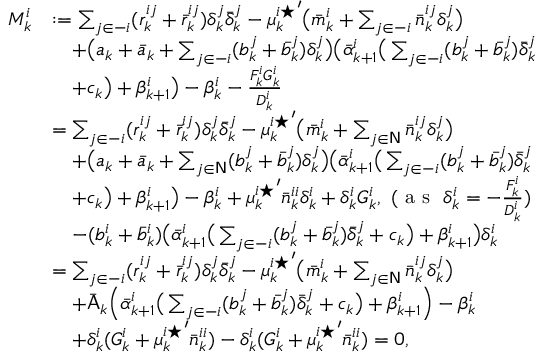
\begin{array} { r l } { M _ { k } ^ { i } } & { : = \sum _ { j \in - i } ( r _ { k } ^ { i j } + \bar { r } _ { k } ^ { i j } ) \delta _ { k } ^ { j } \bar { \delta } _ { k } ^ { j } - { \mu _ { k } ^ { i \star } } ^ { \prime } \big ( \bar { m } _ { k } ^ { i } + \sum _ { j \in - i } \bar { n } _ { k } ^ { i j } \delta _ { k } ^ { j } \big ) } \\ & { \quad + \big ( a _ { k } + \bar { a } _ { k } + \sum _ { j \in - i } ( b _ { k } ^ { j } + \bar { b } _ { k } ^ { j } ) \delta _ { k } ^ { j } \big ) \big ( \bar { \alpha } _ { k + 1 } ^ { i } \big ( \sum _ { j \in - i } ( b _ { k } ^ { j } + \bar { b } _ { k } ^ { j } ) \bar { \delta } _ { k } ^ { j } } \\ & { \quad + c _ { k } \big ) + \beta _ { k + 1 } ^ { i } \big ) - \beta _ { k } ^ { i } - \frac { F _ { k } ^ { i } G _ { k } ^ { i } } { D _ { k } ^ { i } } } \\ & { = \sum _ { j \in - i } ( r _ { k } ^ { i j } + \bar { r } _ { k } ^ { i j } ) \delta _ { k } ^ { j } \bar { \delta } _ { k } ^ { j } - { \mu _ { k } ^ { i \star } } ^ { \prime } \big ( \bar { m } _ { k } ^ { i } + \sum _ { j \in \mathsf { N } } \bar { n } _ { k } ^ { i j } \delta _ { k } ^ { j } \big ) } \\ & { \quad + \big ( a _ { k } + \bar { a } _ { k } + \sum _ { j \in \mathsf { N } } ( b _ { k } ^ { j } + \bar { b } _ { k } ^ { j } ) \delta _ { k } ^ { j } \big ) \big ( \bar { \alpha } _ { k + 1 } ^ { i } \big ( \sum _ { j \in - i } ( b _ { k } ^ { j } + \bar { b } _ { k } ^ { j } ) \bar { \delta } _ { k } ^ { j } } \\ & { \quad + c _ { k } \big ) + \beta _ { k + 1 } ^ { i } \big ) - \beta _ { k } ^ { i } + { \mu _ { k } ^ { i \star } } ^ { \prime } \bar { n } _ { k } ^ { i i } \delta _ { k } ^ { i } + \delta _ { k } ^ { i } G _ { k } ^ { i } , ~ ( \textrm { a s } ~ \delta _ { k } ^ { i } = - \frac { F _ { k } ^ { i } } { D _ { k } ^ { i } } ) } \\ & { \quad - ( b _ { k } ^ { i } + \bar { b } _ { k } ^ { i } ) \big ( \bar { \alpha } _ { k + 1 } ^ { i } \big ( \sum _ { j \in - i } ( b _ { k } ^ { j } + \bar { b } _ { k } ^ { j } ) \bar { \delta } _ { k } ^ { j } + c _ { k } \big ) + \beta _ { k + 1 } ^ { i } \big ) \delta _ { k } ^ { i } } \\ & { = \sum _ { j \in - i } ( r _ { k } ^ { i j } + \bar { r } _ { k } ^ { i j } ) \delta _ { k } ^ { j } \bar { \delta } _ { k } ^ { j } - { \mu _ { k } ^ { i \star } } ^ { \prime } \big ( \bar { m } _ { k } ^ { i } + \sum _ { j \in \mathsf { N } } \bar { n } _ { k } ^ { i j } \delta _ { k } ^ { j } \big ) } \\ & { \quad + \bar { \mathsf { A } } _ { k } \Big ( \bar { \alpha } _ { k + 1 } ^ { i } \big ( \sum _ { j \in - i } ( b _ { k } ^ { j } + \bar { b } _ { k } ^ { j } ) \bar { \delta } _ { k } ^ { j } + c _ { k } \big ) + \beta _ { k + 1 } ^ { i } \Big ) - \beta _ { k } ^ { i } } \\ & { \quad + \delta _ { k } ^ { i } ( G _ { k } ^ { i } + { \mu _ { k } ^ { i \star } } ^ { \prime } \bar { n } _ { k } ^ { i i } ) - \delta _ { k } ^ { i } ( G _ { k } ^ { i } + { \mu _ { k } ^ { i \star } } ^ { \prime } \bar { n } _ { k } ^ { i i } ) = 0 , } \end{array}